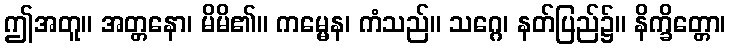
ဤအတူ။ အတ္တနော၊ မိမိ၏။ ကမ္မေန၊ ကံသည်။ သဂ္ဂေ၊ နတ်ပြည်၌။ နိက္ခိတ္တော၊